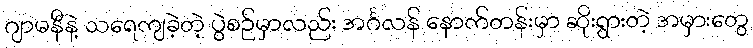
ဂျာမနီနဲ့ သရေကျခဲ့တဲ့ ပွဲစဉ်မှာလည်း အင်္ဂလန် နောက်တန်းမှာ ဆိုးရွားတဲ့ အမှားတွေ